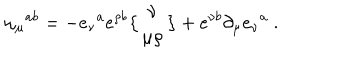
LaTeX: \omega _ { \mu } { } ^ { a b } = - e _ { \nu } { } ^ { a } e ^ { \rho b } \bigl \{ \begin{matrix} { { \nu } } \\ { { \mu \rho } } \\ \end{matrix} \bigr \} + e ^ { \nu b } \partial _ { \mu } e _ { \nu } { } ^ { a } \ .